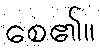
စေ၏။